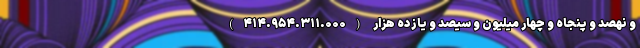
و نهصد و پنجاه و چهار میلیون و سیصد و یازده هزار (۴۱۴.۹۵۴.۳۱۱.۰۰۰)